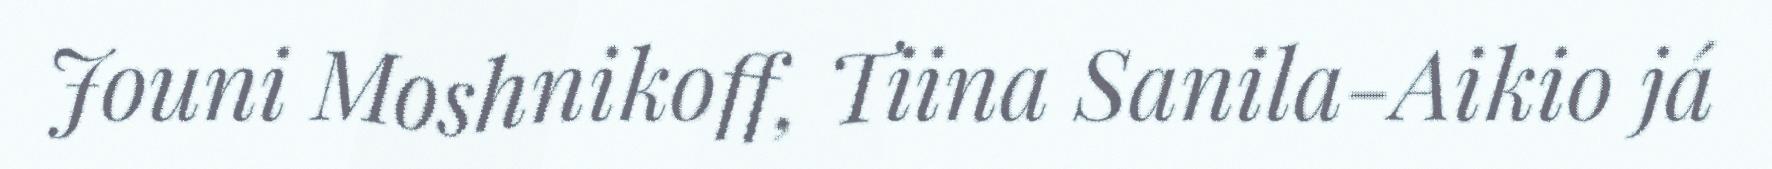
Jouni Moshnikoff, Tiina Sanila-Aikio já